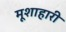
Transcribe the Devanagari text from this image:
मूशाहारी